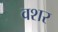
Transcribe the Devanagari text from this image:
वशर